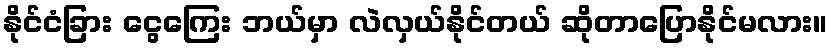
နိုင်ငံခြား ငွေကြေး ဘယ်မှာ လဲလှယ်နိုင်တယ် ဆိုတာပြောနိုင်မလား။